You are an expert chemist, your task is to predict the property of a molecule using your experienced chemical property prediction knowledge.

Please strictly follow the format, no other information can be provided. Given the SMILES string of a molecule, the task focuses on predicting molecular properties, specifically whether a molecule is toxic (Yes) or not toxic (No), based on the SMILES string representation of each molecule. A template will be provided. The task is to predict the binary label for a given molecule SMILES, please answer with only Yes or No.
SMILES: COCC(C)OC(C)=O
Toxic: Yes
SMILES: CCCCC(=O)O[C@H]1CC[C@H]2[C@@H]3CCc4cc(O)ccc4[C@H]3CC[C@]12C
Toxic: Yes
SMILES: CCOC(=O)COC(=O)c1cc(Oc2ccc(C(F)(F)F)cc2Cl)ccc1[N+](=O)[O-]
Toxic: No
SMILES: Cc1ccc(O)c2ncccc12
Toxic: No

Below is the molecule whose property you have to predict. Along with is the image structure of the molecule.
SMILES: CC(C)(CO)COC(=O)C(C)(C)CO
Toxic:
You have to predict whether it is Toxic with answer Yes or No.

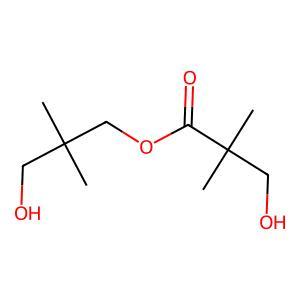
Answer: No